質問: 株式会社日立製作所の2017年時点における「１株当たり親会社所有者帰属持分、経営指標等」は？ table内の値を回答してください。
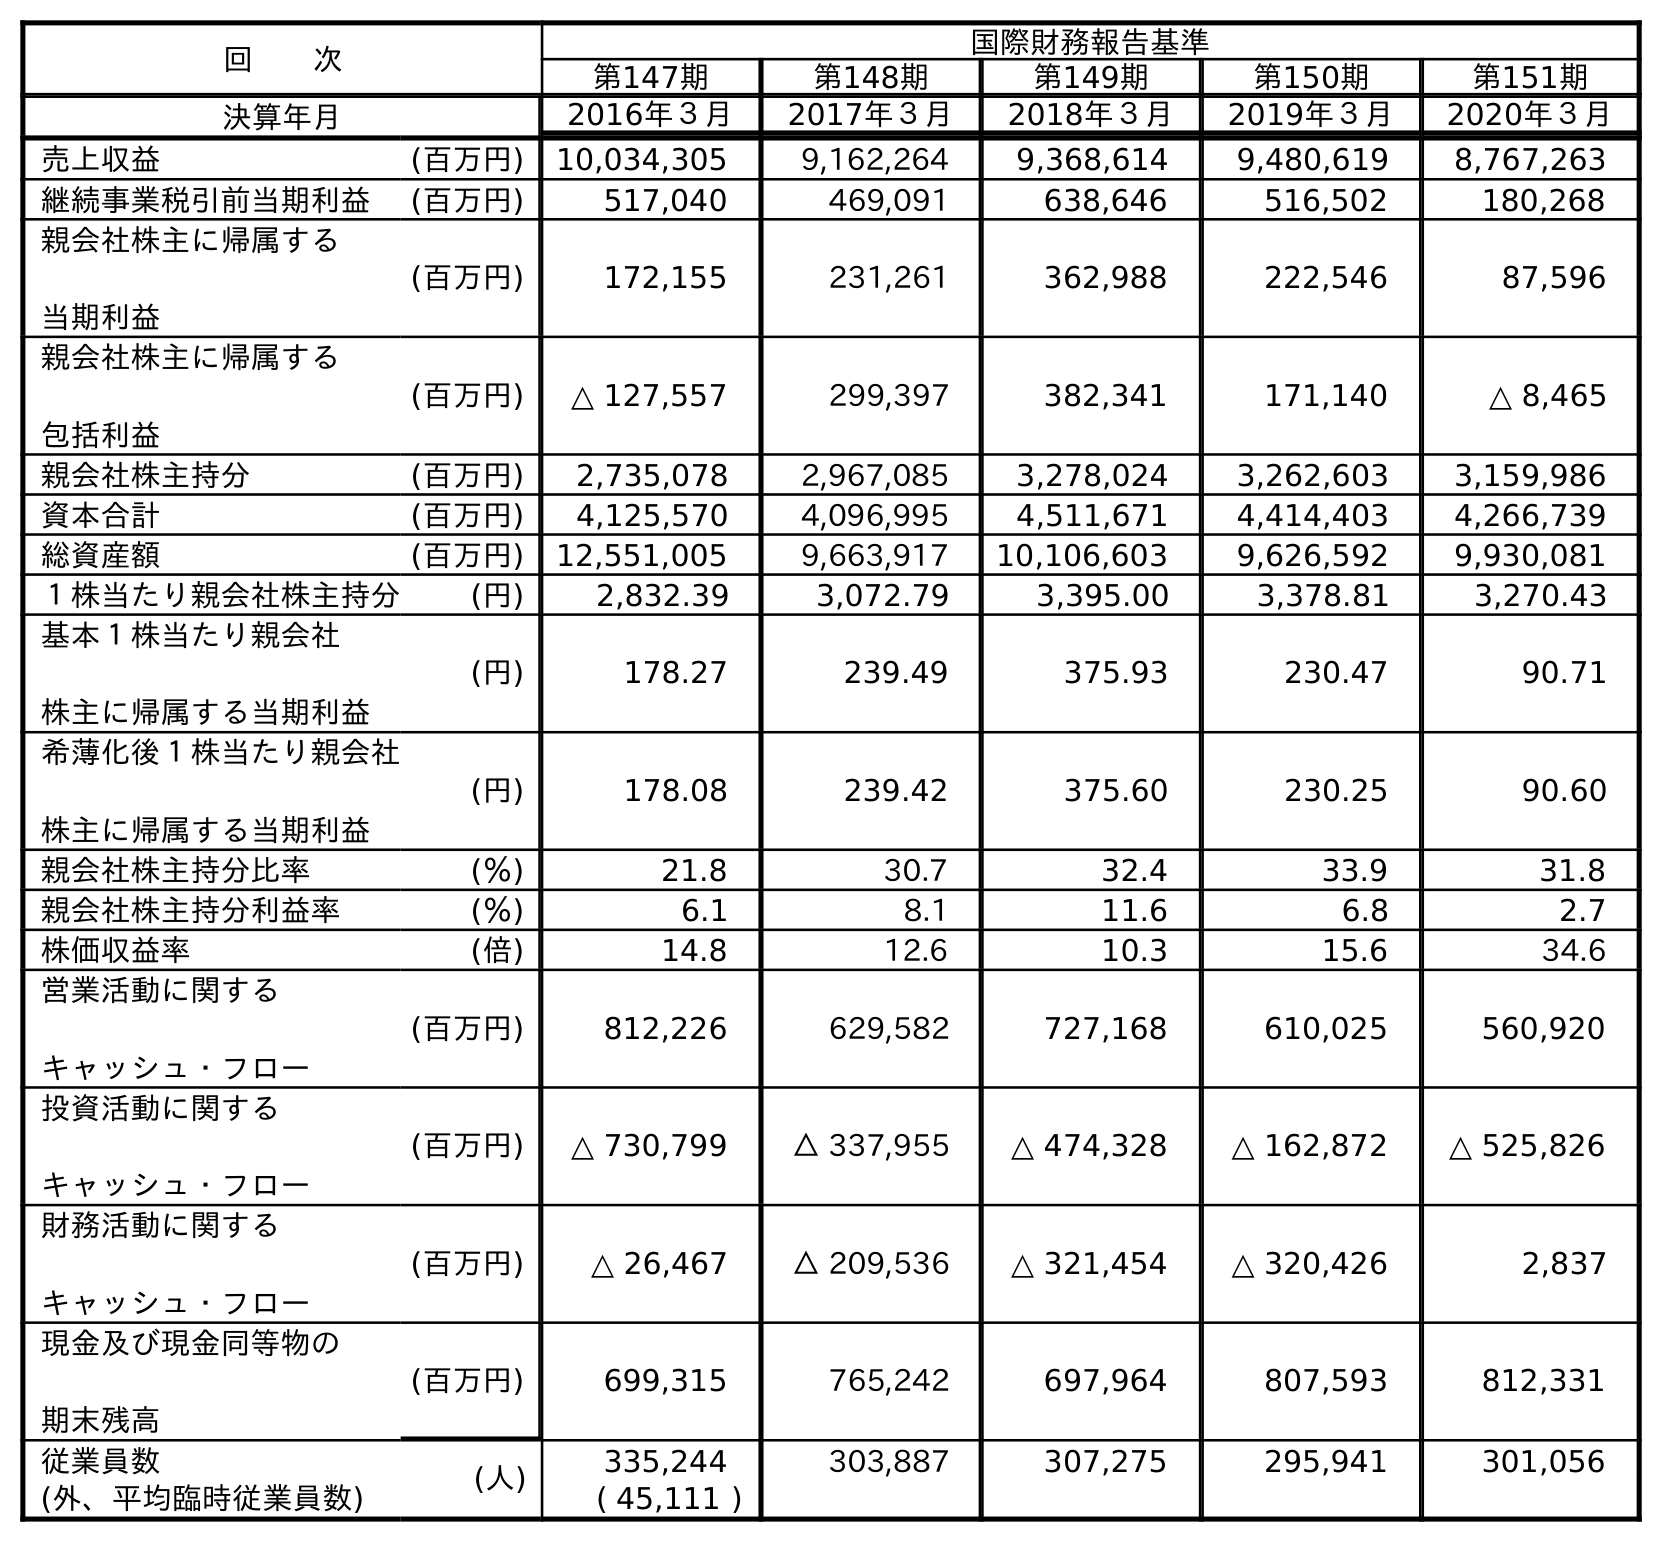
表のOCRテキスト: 回  次 国際財務報告基準 第147期 第148期 第149期 第150期 第151期 決算年月 2016年３月 2017年３月 2018年３月 2019年３月 2020年３月 売上収益 (百万円) 10,034,305 9,162,264 9,368,614 9,480,619 8,767,263 継続事業税引前当期利益 (百万円) 517,040 469,091 638,646 516,502 180,268 親会社株主に帰属する 当期利益 (百万円) 172,155 231,261 362,988 222,546 87,596 親会社株主に帰属する 包括利益 (百万円) △ 127,557 299,397 382,341 171,140 △ 8,465 親会社株主持分 (百万円) 2,735,078 2,967,085 3,278,024 3,262,603 3,159,986 資本合計 (百万円) 4,125,570 4,096,995 4,511,671 4,414,403 4,266,739 総資産額 (百万円) 12,551,005 9,663,917 10,106,603 9,626,592 9,930,081 １株当たり親会社株主持分 (円) 2,832.39 3,072.79 3,395.00 3,378.81 3,270.43 基本１株当たり親会社 株主に帰属する当期利益 (円) 178.27 239.49 375.93 230.47 90.71 希薄化後１株当たり親会社 株主に帰属する当期利益 (円) 178.08 239.42 375.60 230.25 90.60 親会社株主持分比率 (％) 21.8 30.7 32.4 33.9 31.8 親会社株主持分利益率 (％) 6.1 8.1 11.6 6.8 2.7 株価収益率 (倍) 14.8 12.6 10.3 15.6 34.6 営業活動に関する キャッシュ・フロー (百万円) 812,226 629,582 727,168 610,025 560,920 投資活動に関する キャッシュ・フロー (百万円) △ 730,799 △ 337,955 △ 474,328 △ 162,872 △ 525,826 財務活動に関する キャッシュ・フロー (百万円) △ 26,467 △ 209,536 △ 321,454 △ 320,426 2,837 現金及び現金同等物の 期末残高 (百万円) 699,315 765,242 697,964 807,593 812,331 従業員数 (人) 335,244 303,887 307,275 295,941 301,056 (外、平均臨時従業員数) ( 45,111 )
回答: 3,072.79